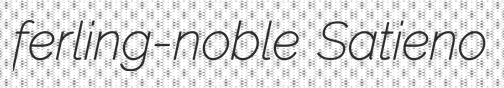
ferling-noble Satieno